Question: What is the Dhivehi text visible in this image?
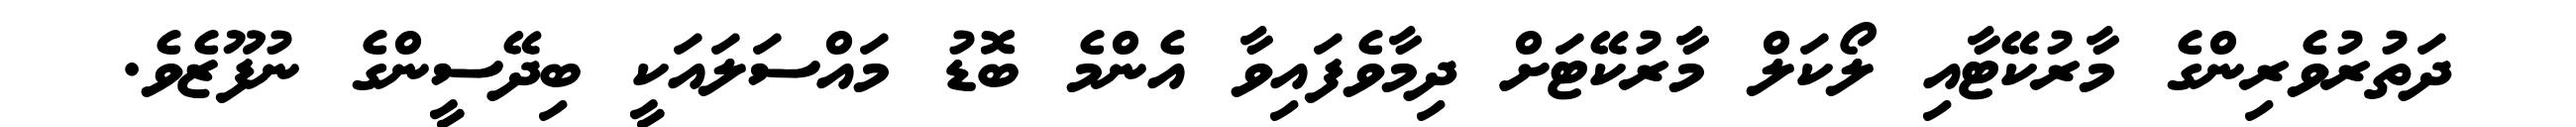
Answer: ދަތުރުވެރިންގެ މާރުކޭޓާއި ލޯކަލް މާރުކޭޓަށް ދިމާވެފައިވާ އެންމެ ބޮޑު މައްސަލައަކީ ބިދޭސީންގެ ނުފޫޒެވެ.